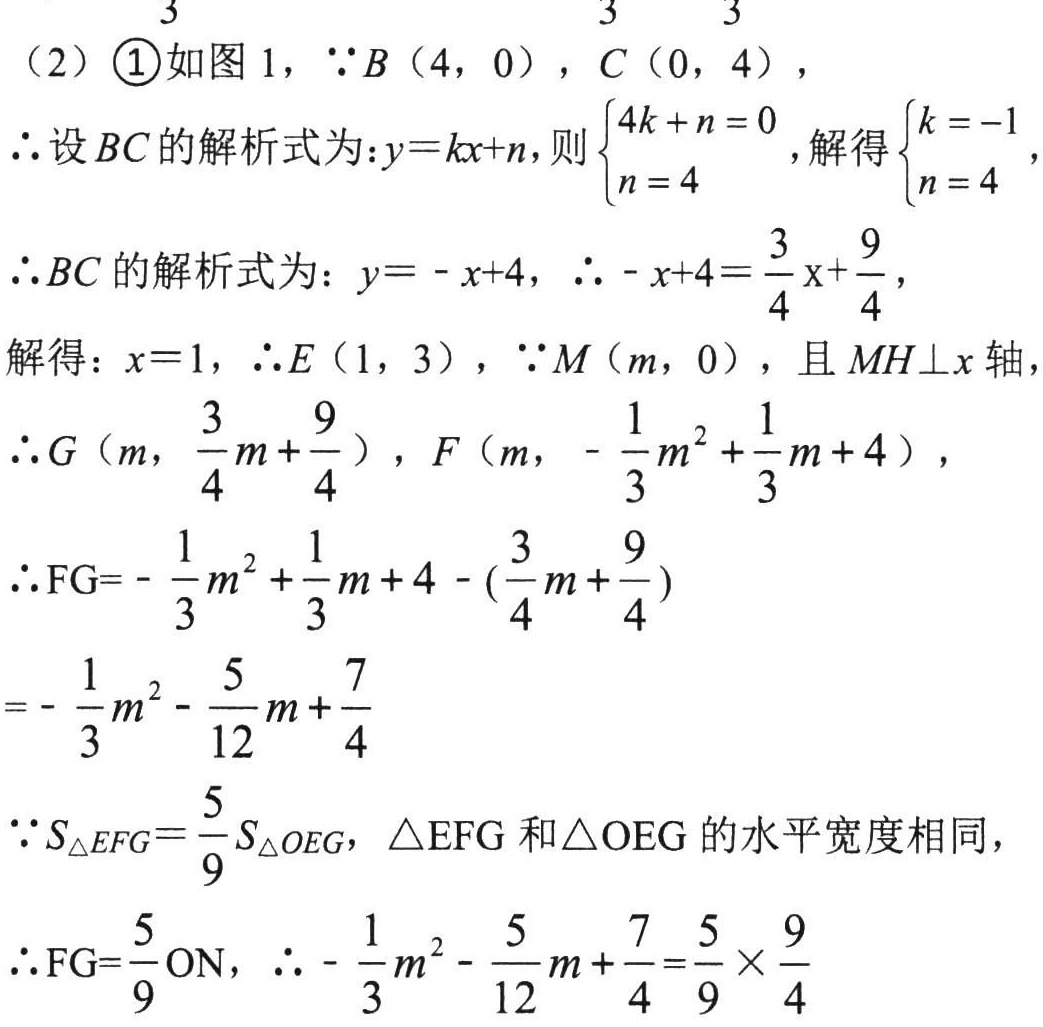
（2）\textcircled{1}如图 1，$\because B(4,0)$，$C(0,4)$，
$\therefore$设$BC$的解析式为：$y = kx + n$，则$\begin{cases}4k + n = 0\\n = 4\end{cases}$，解得$\begin{cases}k = -1\\n = 4\end{cases}$，
$\therefore BC$的解析式为：$y=-x + 4$，$\therefore -x + 4=\frac{3}{4}x+\frac{9}{4}$，
解得：$x = 1$，$\therefore E(1,3)$，$\because M(m,0)$，且$MH\perp x$轴
$\therefore G(m,\frac{3}{4}m+\frac{9}{4})$，$F(m,-\frac{1}{3}m^{2}+\frac{1}{3}m + 4)$，
$\therefore FG=-\frac{1}{3}m^{2}+\frac{1}{3}m + 4-(\frac{3}{4}m+\frac{9}{4})$
$=-\frac{1}{3}m^{2}-\frac{5}{12}m+\frac{7}{4}$
$\because S_{\triangle EFG}=\frac{5}{9}S_{\triangle OEG}$，$\triangle EFG$和$\triangle OEG$的水平宽度相同，
$\therefore FG=\frac{5}{9}ON$，$\therefore -\frac{1}{3}m^{2}-\frac{5}{12}m+\frac{7}{4}=\frac{5}{9}\times\frac{9}{4}$